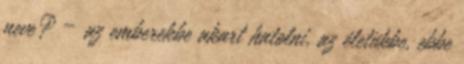
neve? – az emberekbe akart hatolni, az életükbe, ebbe